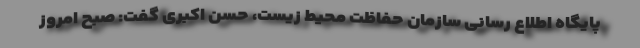
پایگاه اطلاع رسانی سازمان حفاظت محیط زیست، حسن اکبری گفت: صبح امروز